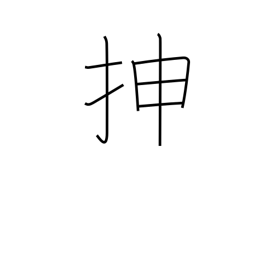
Meaning: extend